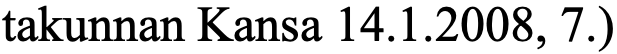
takunnan Kansa 14.1.2008, 7.)